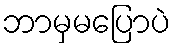
ဘာမှမပြောပဲ